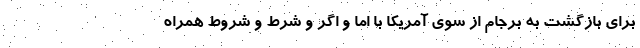
برای بازگشت به برجام از سوی آمریکا با اما و اگر و شرط و شروط همراه